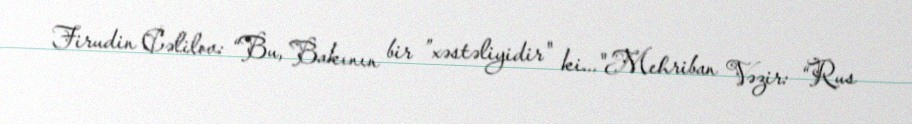
Firudin Cəlilov: “Bu, Bakının bir ”xəstəliyidir" ki..."Mehriban Vəzir: “Rus